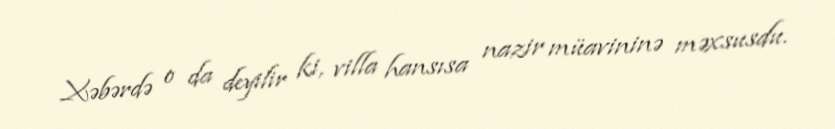
Xəbərdə o da deyilir ki, villa hansısa nazir müavininə məxsusdu.